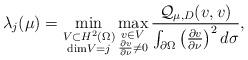
LaTeX: \begin{align*}\lambda_j(\mu)=\min_{\substack{V\subset H^2(\Omega)\\{\rm dim}V=j}}\max_{\substack{v\in V\\\frac{\partial v}{\partial\nu}\ne 0}}\frac{\mathcal{Q}_{\mu,D}(v,v)}{\int_{\partial\Omega}\left(\frac{\partial v}{\partial\nu}\right)^2d\sigma},\end{align*}